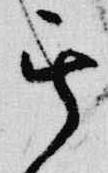
其